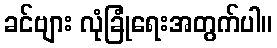
ခင်ဗျား လုံခြုံရေးအတွက်ပါ။